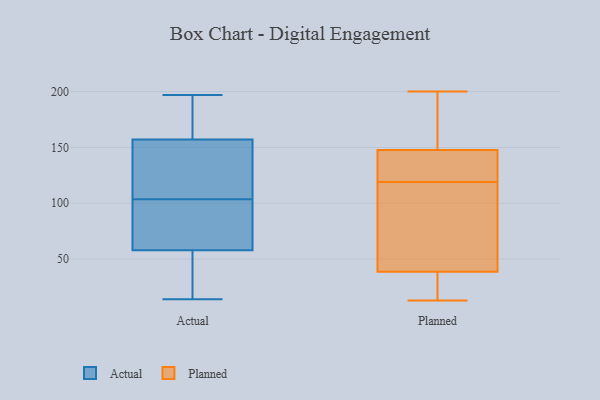
{"axis": {"x": "Shipments", "y": "Value"}, "legend": ["Actual", "Planned"], "data": [{"x": "", "y": 77, "type": "Actual"}, {"x": "", "y": 95, "type": "Actual"}, {"x": "", "y": 147, "type": "Actual"}, {"x": "", "y": 18, "type": "Actual"}, {"x": "", "y": 133, "type": "Actual"}, {"x": "", "y": 167, "type": "Actual"}, {"x": "", "y": 197, "type": "Actual"}, {"x": "", "y": 189, "type": "Actual"}, {"x": "", "y": 124, "type": "Actual"}, {"x": "", "y": 112, "type": "Actual"}, {"x": "", "y": 180, "type": "Actual"}, {"x": "", "y": 66, "type": "Actual"}, {"x": "", "y": 15, "type": "Actual"}, {"x": "", "y": 14, "type": "Actual"}, {"x": "", "y": 81, "type": "Actual"}, {"x": "", "y": 50, "type": "Actual"}, {"x": "", "y": 13, "type": "Planned"}, {"x": "", "y": 119, "type": "Planned"}, {"x": "", "y": 169, "type": "Planned"}, {"x": "", "y": 33, "type": "Planned"}, {"x": "", "y": 50, "type": "Planned"}, {"x": "", "y": 178, "type": "Planned"}, {"x": "", "y": 125, "type": "Planned"}, {"x": "", "y": 51, "type": "Planned"}, {"x": "", "y": 25, "type": "Planned"}, {"x": "", "y": 150, "type": "Planned"}, {"x": "", "y": 60, "type": "Planned"}, {"x": "", "y": 126, "type": "Planned"}, {"x": "", "y": 91, "type": "Planned"}, {"x": "", "y": 200, "type": "Planned"}, {"x": "", "y": 129, "type": "Planned"}, {"x": "", "y": 141, "type": "Planned"}, {"x": "", "y": 35, "type": "Planned"}, {"x": "", "y": 20, "type": "Planned"}, {"x": "", "y": 188, "type": "Planned"}]}